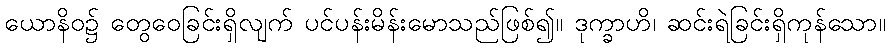
ယောနိဝ၌ တွေဝေခြင်းရှိလျက် ပင်ပန်းမိန်းမောသည်ဖြစ်၍။ ဒုက္ခာဟိ၊ ဆင်းရဲခြင်းရှိကုန်သော။